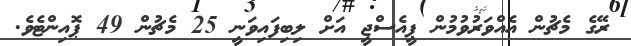
ރޭގެ މެޗުން އެއްވަރުވުމުން ޕީއެސްޖީ އަށް ލިބިފައިވަނީ 25 މެޗުން 49 ޕޮއިންޓެވެ.